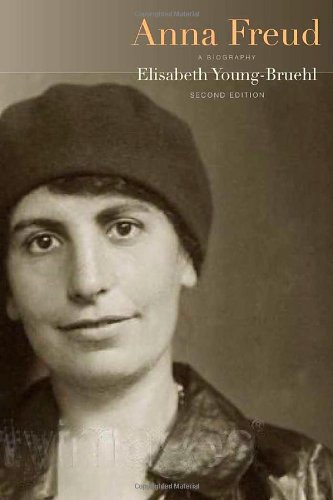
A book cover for Anna Freud: A Biography, Second Edition; Elisabeth Young-Bruehl; Biographies & Memoirs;